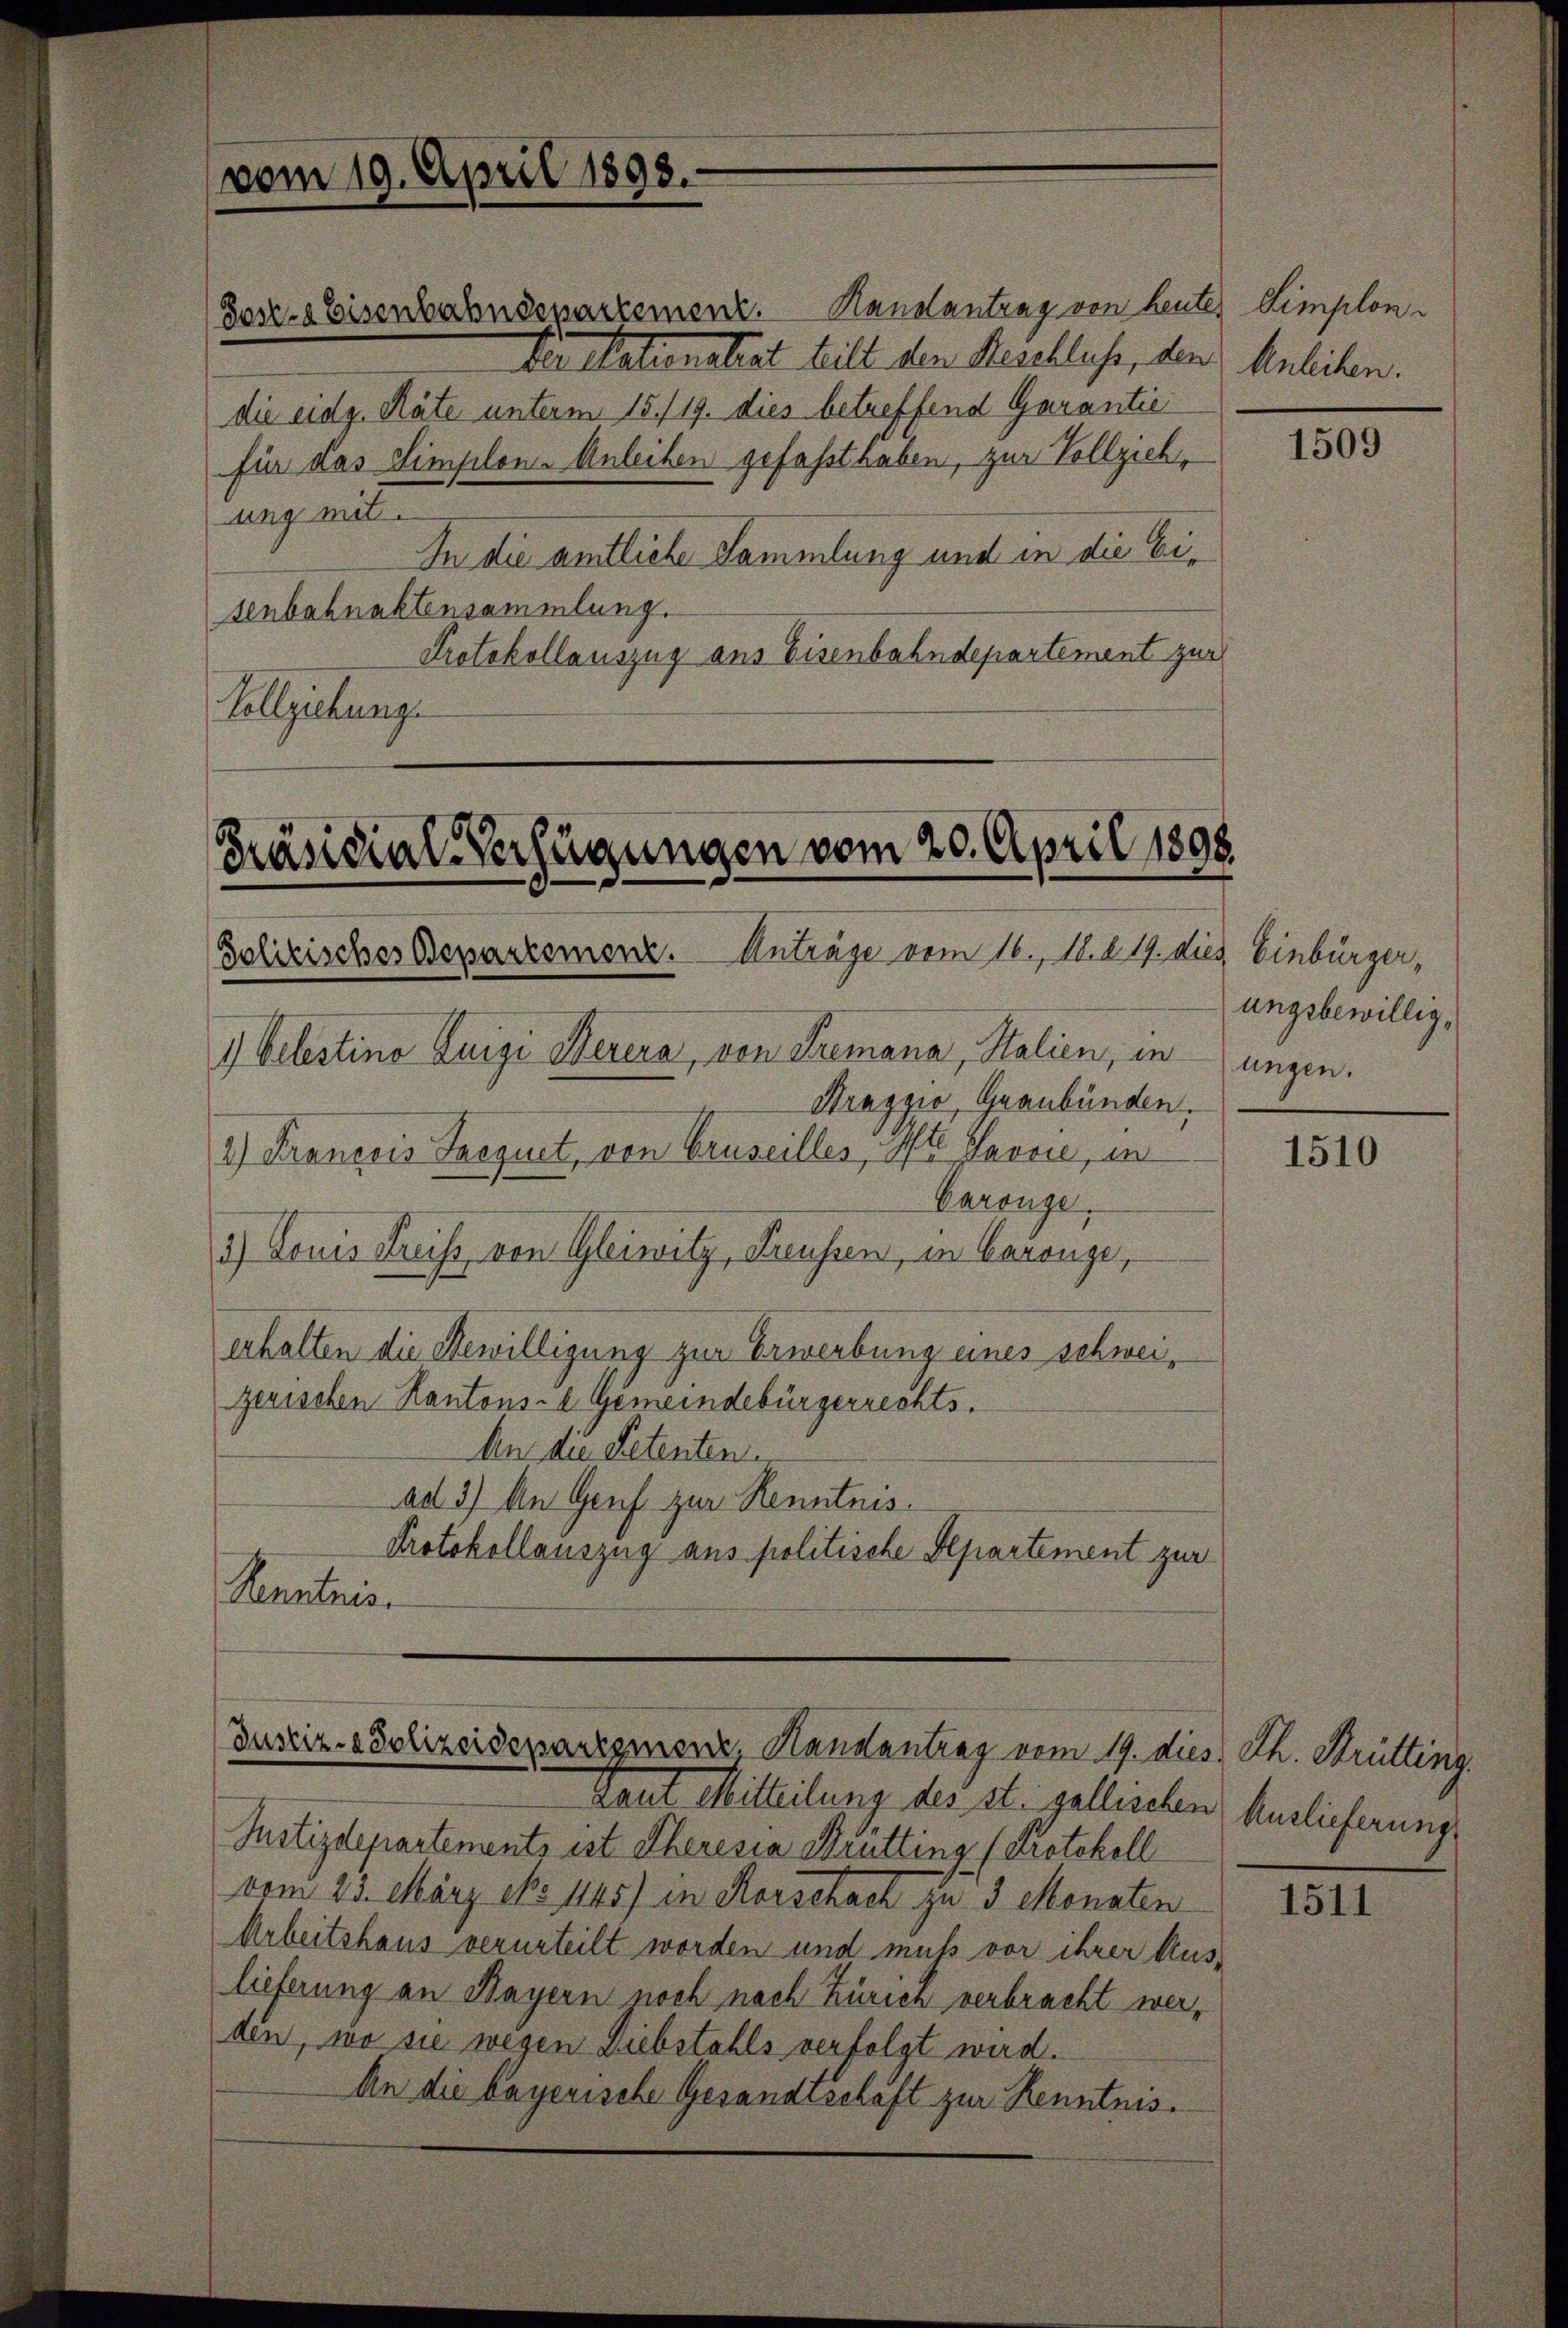
Post- & Eisenbahndepartement.

Präsidial-Verfügungen vom 20. April 1898.
Polizisches Departemenz. Anträge vom 16. M. d. 19. dies Einbürger,

vom 19. April 1893.

Krazzio, Graubünden.
Carönge.
erhalten die Bewilligung zur Erwerbung eines schweizerischen Kantons- E. Gemeindebürgerrechts.
An die Petenten
ad 3) An Genf zur Renntnis.
Protokollauszug aus politische Separtement zur
Kenntnis

1) belestino Luigi Berena, von Premana, Stalien, in
2.) François Saegnet, von Gruseilles, St. Partie, in
3) Louis Kreiss von Gleiwitz, Freussen, in Coronge,

Randantrag von heute, Simplon¬
Der Nationalrat heilt den Steschluss, den Anleiten.
die eidg. Räte unterm 15./19. dies betreffend Garantie
für das Simplons Anleihen gefaßt haben, zur Vollziehung mit.
In die amtliche Sammlung und in die Eisenbahnaktensammlung.
Protokollauszug aus Eisenbahndepartement zur
Vollziehung.

Justiz- & Polizeidepartemenz, Handantrag vom 19. dies Th. Brütting.

Laut Mitteilung des st. gallischen Auslieferungs
Justizdepartements ist Theresia Brütting (Protokoll
vom 23. März No 1145) in Korschach zu 3 Monaten
Arbeitshaus verurteilt worden und muß vor ihrer Aus-
lieferung an Bayern noch nach Zürich verbracht werden, wo sie wegen Diebstahls verfolgt wird.
An die bayerische Gesandtschaft zur Kenntnis.

1509

ungsbewillig,
ungen.

1510

1511